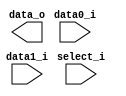
module MUX_2to1(
               data0_i,
               data1_i,
               select_i,
               data_o
               );

parameter size = 0;			   
			
//I/O ports               
input   [size-1:0] data0_i;          
input   [size-1:0] data1_i;
input              select_i;
output  [size-1:0] data_o; 

//Internal Signals
reg     [size-1:0] data_o;

//Main function

endmodule